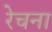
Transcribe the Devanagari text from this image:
रेचना